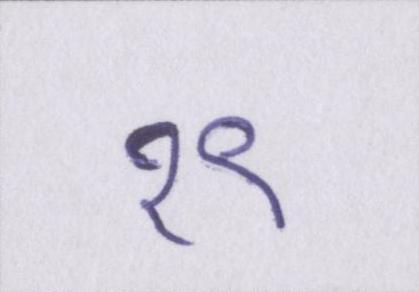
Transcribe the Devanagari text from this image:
१९